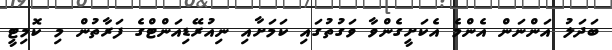
ބަދަލު އަންނަން އެންމެ އެކަށީގެންވާ ވަގުތުގައި ކަމަށާއި ނިއުރޭޑިއަންޓްގެ ފަރާތުން މި ކޮމިޓީ